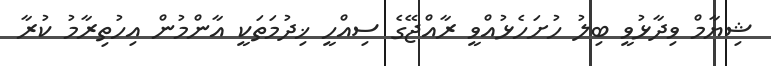
ޝިޔާމް ވިދާޅުވީ ބިލު ހުށަހެޅުއްވީ ރާއްޖޭގެ ސިއްހީ ޚިދުމަތަކީ އާންމުން އިހުތިރާމު ކުރާ